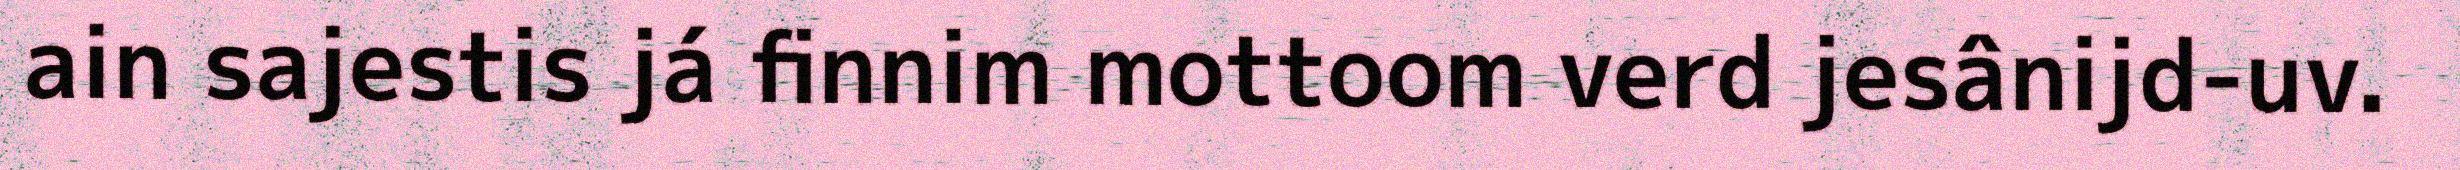
ain sajestis já finnim mottoom verd jesânijd-uv.